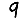
Digit: 9